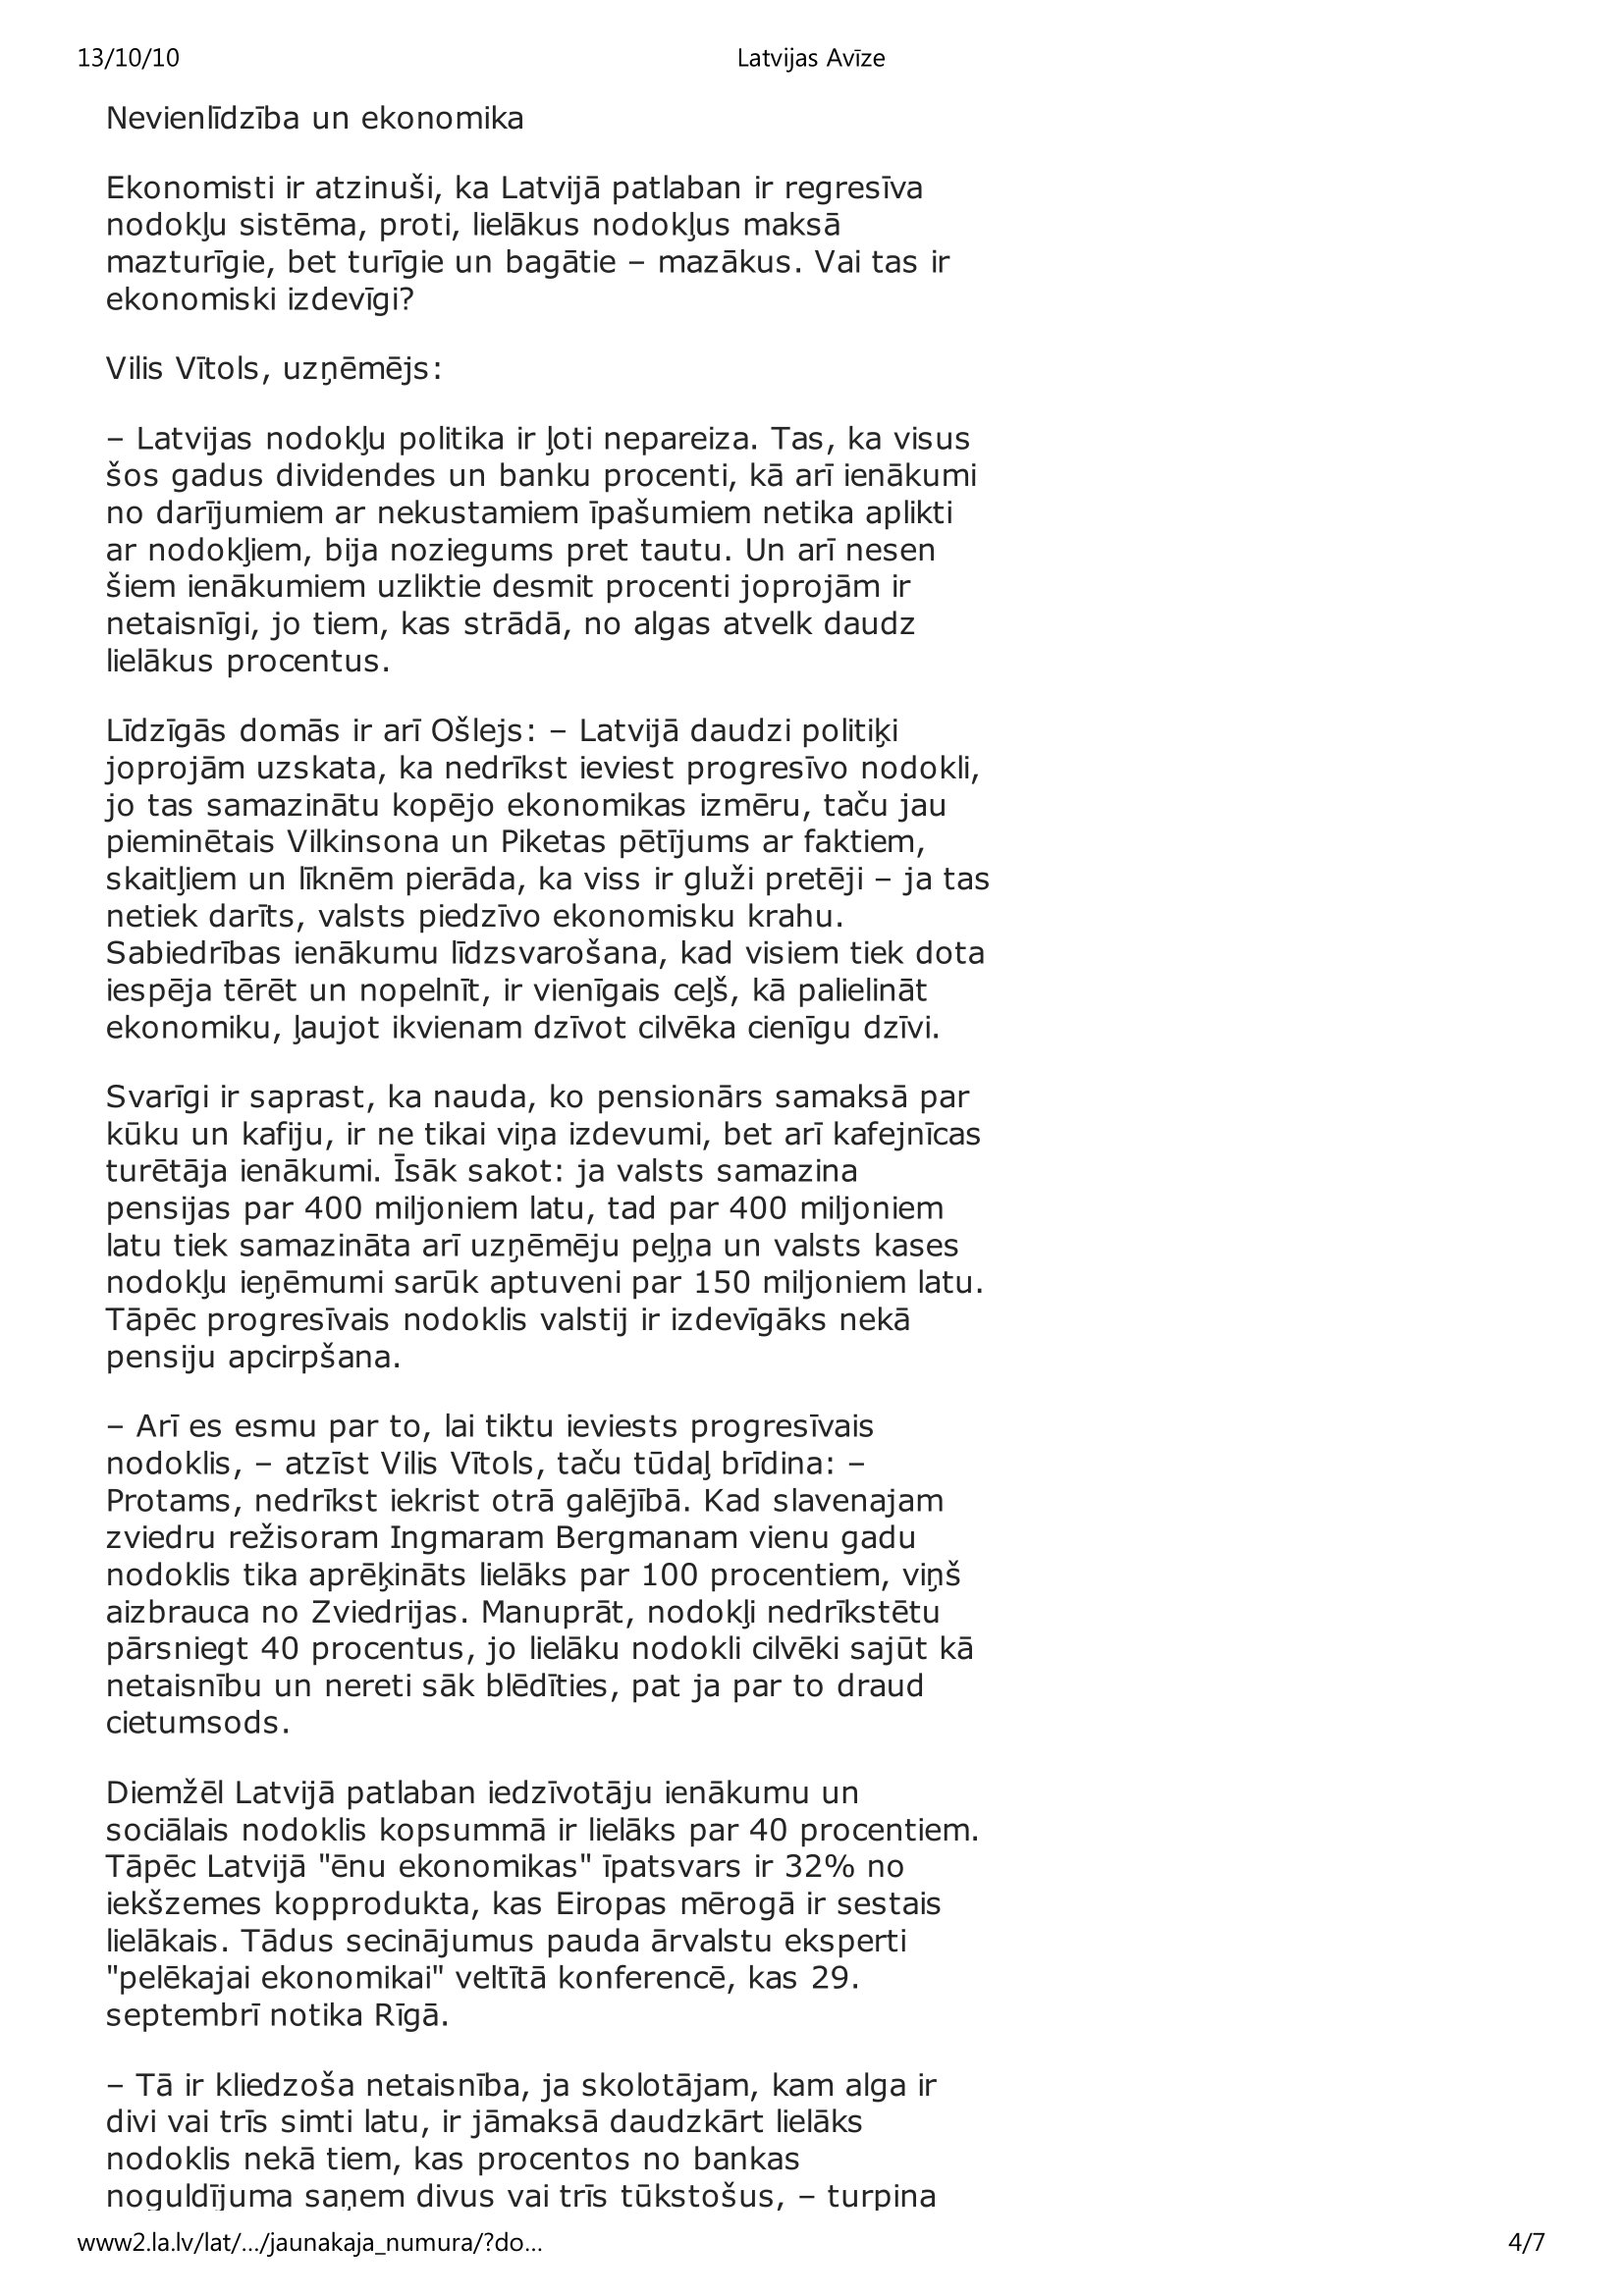
Language: lv